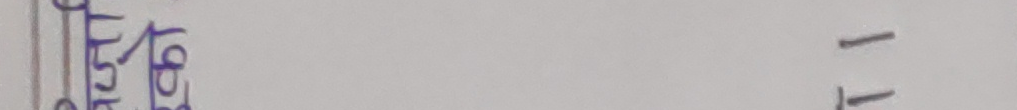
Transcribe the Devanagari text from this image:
१६